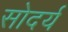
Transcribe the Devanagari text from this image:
सोदर्य